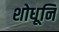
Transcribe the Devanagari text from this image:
शोधूनि